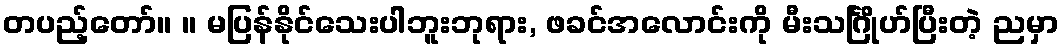
တပည့်တော်။ ။ မပြန်နိုင်သေးပါဘူးဘုရား, ဖခင်အလောင်းကို မီးသင်္ဂြိုဟ်ပြီးတဲ့ ညမှာ